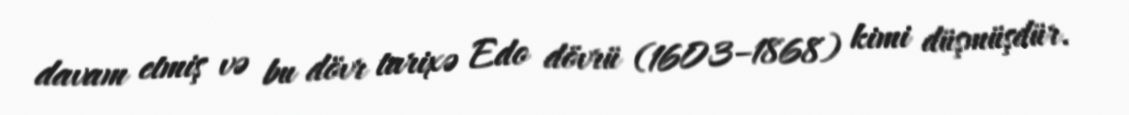
davam etmiş və bu dövr tarixə Edo dövrü (1603–1868) kimi düşmüşdür.